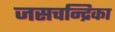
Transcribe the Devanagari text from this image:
जसचन्द्रिका